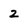
Character: z